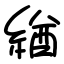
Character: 緧